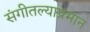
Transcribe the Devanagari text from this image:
संगीतल्याप्रमान